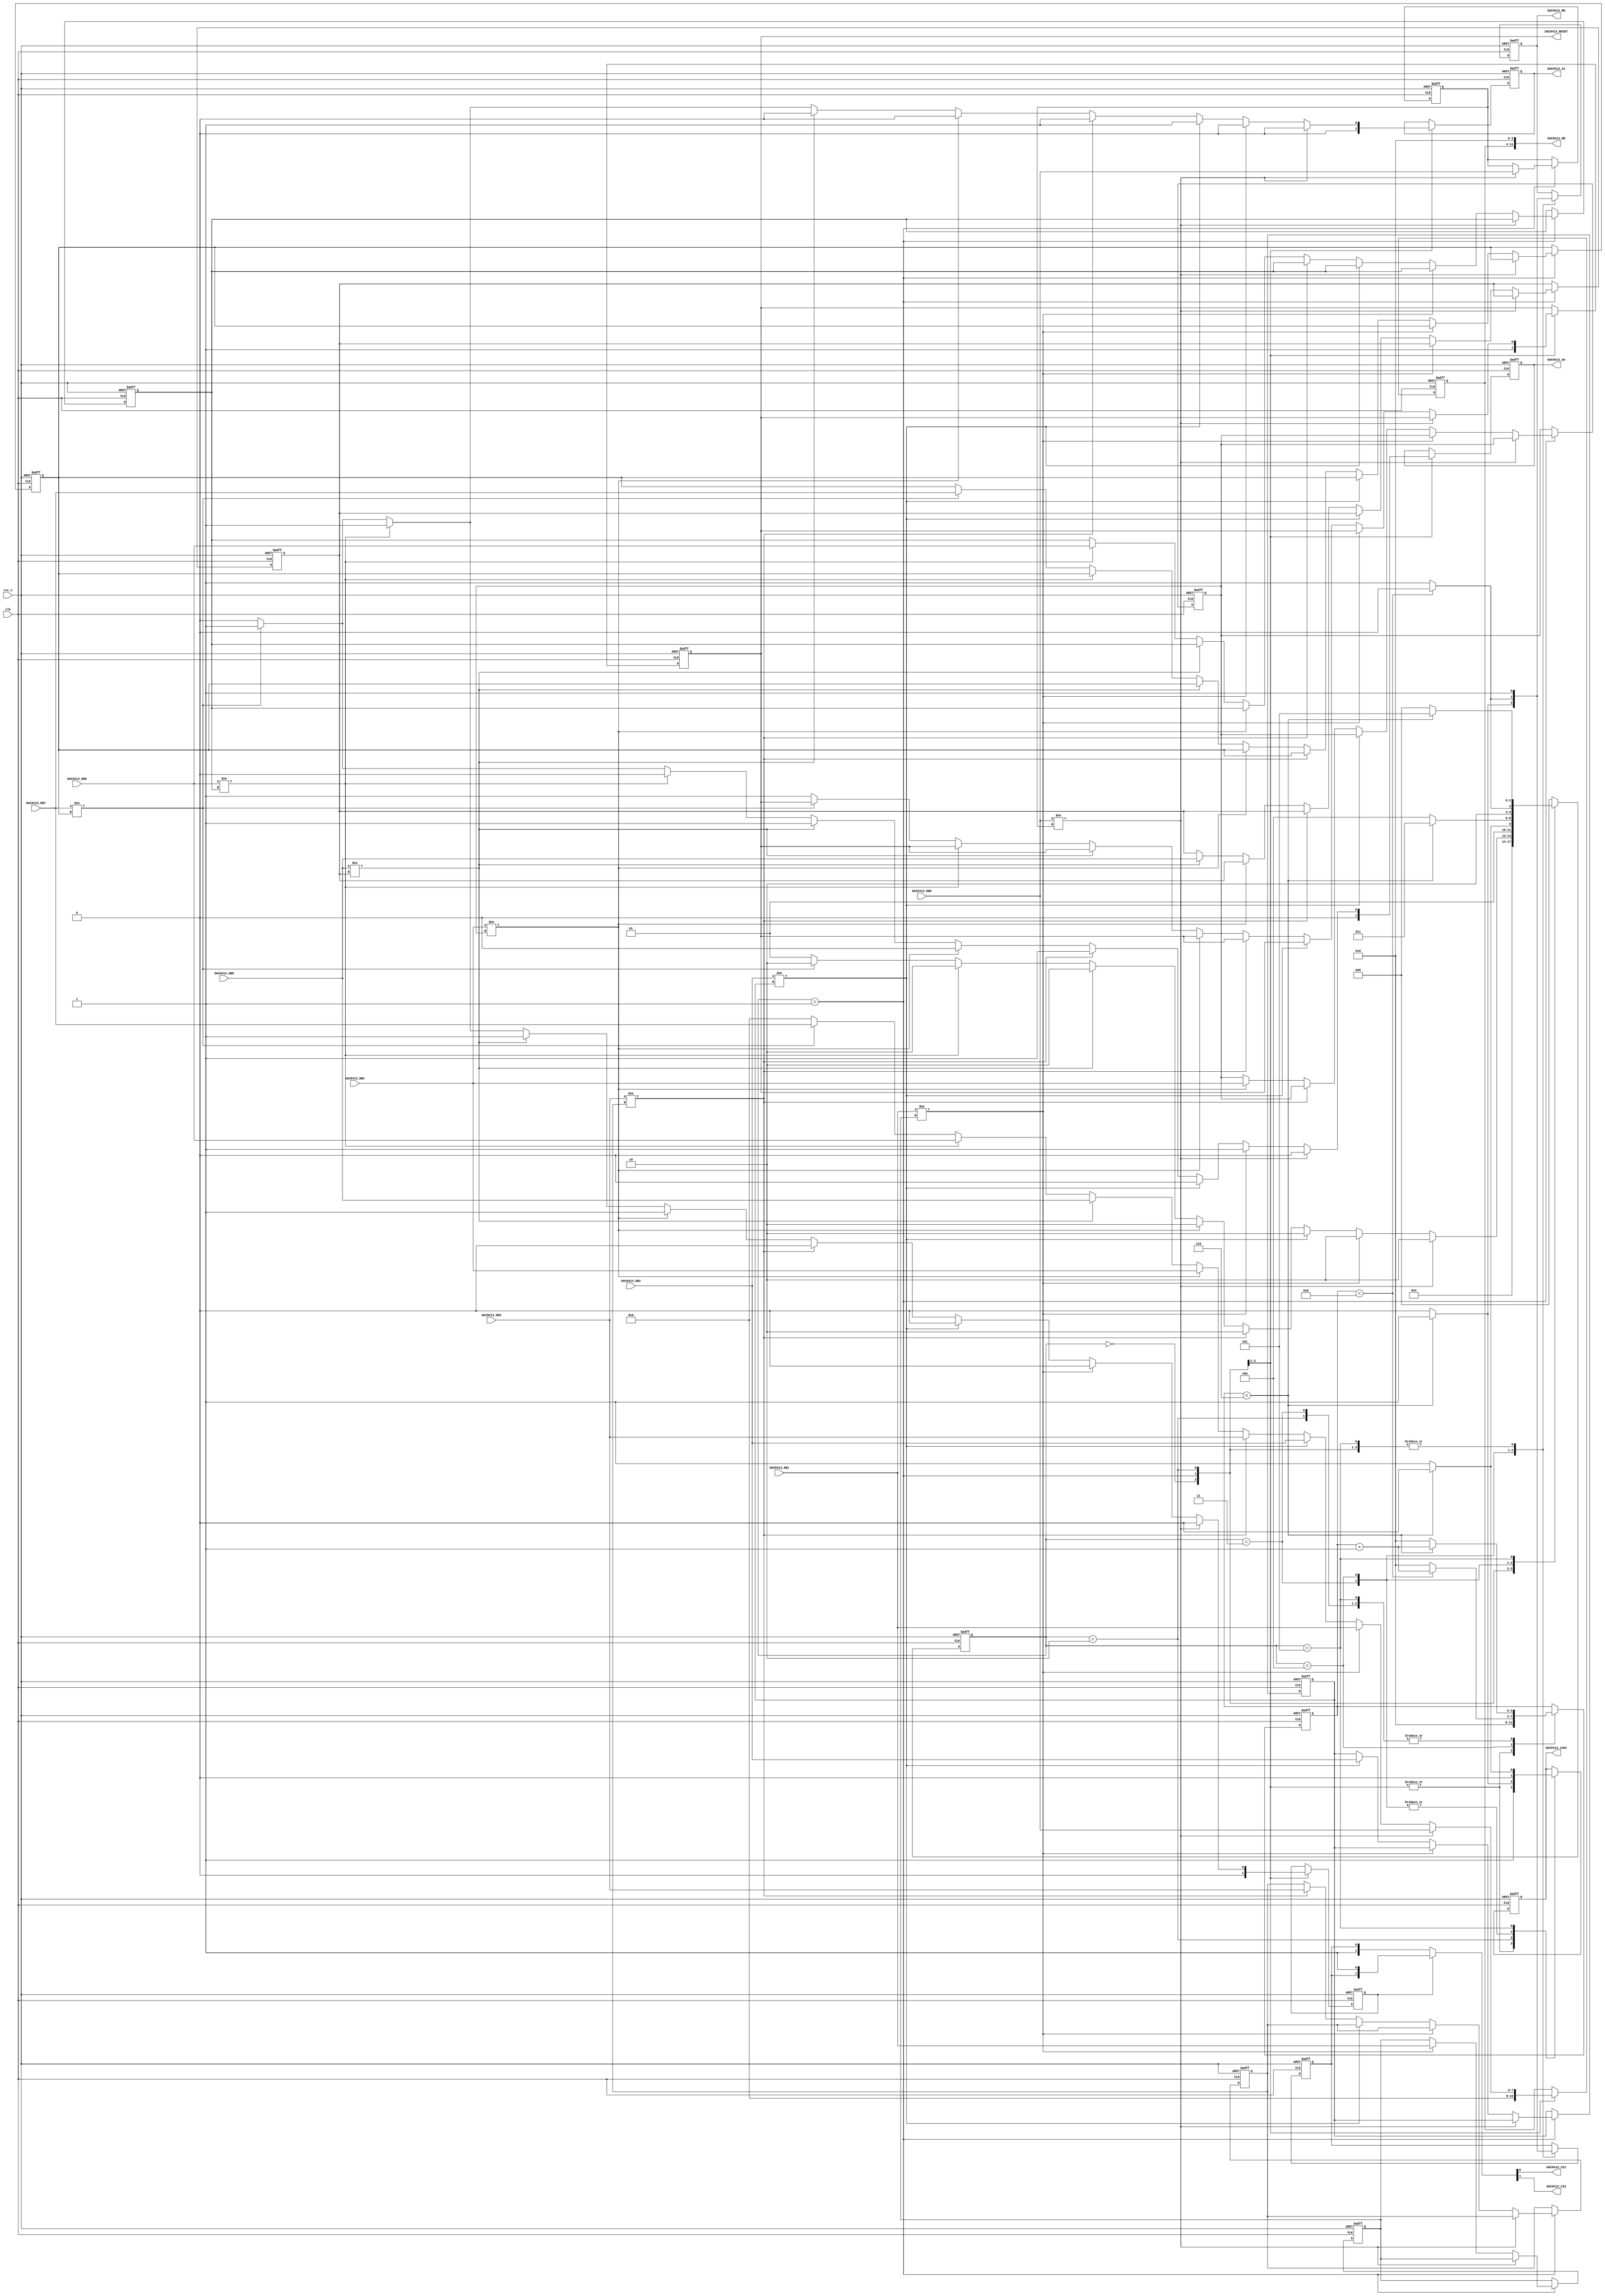
module tlv8413_interface_mx  #( parameter clk_freq_hz = 22118400 )
( 
input         clk  ,           /*                       */
input         rst_n,           /*         */
input  [7:0]  DAC8413_DB0,     /* 0 DA                */               
input  [7:0]  DAC8413_DB1,     /* 1 DA                */
input  [7:0]  DAC8413_DB2,     /* 2 DA                */
input  [7:0]  DAC8413_DB3,     /* 3 DA                */
input  [7:0]  DAC8413_DB4,     /* 4 DA                */
input  [7:0]  DAC8413_DB5,     /* 5 DA                */
input  [7:0]  DAC8413_DB6,     /* 6 DA                */
input  [7:0]  DAC8413_DB7,     /* 7 DA                */
output        DAC8413_RESET,   /* DAC8413     */
output        DAC8413_RW,      /* DAC8413  1 0  */
output        DAC8413_CS1,     /* DAC8413 1             */
output        DAC8413_CS2,     /* DAC8413 2             */
output        DAC8413_LDAC,    /* DAC8413 LDAC                  */
output        DAC8413_A1,      /* DAC8413               */
output        DAC8413_A0,      /* DAC8413               */
output [11:0] DAC8413_DB       /* DAC8413 DA              */
);

/* parameter */
localparam CLK_PERIOD_NS  = 1000000000/clk_freq_hz;
localparam CS_CNT         = 500/CLK_PERIOD_NS;  // Twcs = 300ns  Twcs,min = 150ns
localparam LDAC_HIGH_CNT  = 300/CLK_PERIOD_NS;  
localparam LOAD_HOLD_CNT  = 300/CLK_PERIOD_NS;  // Tlh = 200ns   Tlh,min = 70ns
localparam LOAD_SETUP_CNT = 300/CLK_PERIOD_NS;  // Tls = 200ns   Tls,min = 50ns

/* statements */
reg        DAC_RESET;
reg        DAC_RW;
reg        DAC_CS;
reg        DAC_LDAC;
reg        DAC_A1;
reg        DAC_A0;
reg [7:0]  DAC_DB; 

reg [7:0] DAC8413_DB0_buf; 
reg [7:0] DAC8413_DB1_buf;
reg [7:0] DAC8413_DB2_buf;
reg [7:0] DAC8413_DB3_buf;
reg [7:0] DAC8413_DB4_buf;
reg [7:0] DAC8413_DB5_buf;
reg [7:0] DAC8413_DB6_buf;
reg [7:0] DAC8413_DB7_buf;

reg       da_sel;
reg [3:0] cnt;
reg [2:0] state /* synthesis syn_encoding = "safe" */ ;

always @(posedge clk or negedge rst_n)
begin
    if(~rst_n)begin
        DAC8413_DB0_buf <= 8'd0;        
        DAC8413_DB1_buf <= 8'd0;       
        DAC8413_DB2_buf <= 8'd0;       
        DAC8413_DB3_buf <= 8'd0;       
        DAC8413_DB4_buf <= 8'd0;       
        DAC8413_DB5_buf <= 8'd0;       
        DAC8413_DB6_buf <= 8'd0;       
        DAC8413_DB7_buf <= 8'd0;       
        DAC_RESET       <= 1'b0;              
        DAC_RW          <= 1'b1;               
        DAC_CS          <= 1'b1;               
        DAC_LDAC        <= 1'b1;                
        DAC_A1          <= 1'b0;             
        DAC_A0          <= 1'b0;               
        DAC_DB          <= 8'd0;  
        cnt             <= 4'd0;
        state           <= 3'd0;
        da_sel          <= 1'b0;
    end else begin
    case(state)
    3'd0:begin
        DAC8413_DB0_buf <= DAC8413_DB0_buf;        
        DAC8413_DB1_buf <= DAC8413_DB1_buf;       
        DAC8413_DB2_buf <= DAC8413_DB2_buf;
        DAC8413_DB3_buf <= DAC8413_DB3_buf;      
        DAC8413_DB4_buf <= DAC8413_DB4_buf;      
        DAC8413_DB5_buf <= DAC8413_DB5_buf;      
        DAC8413_DB6_buf <= DAC8413_DB6_buf;      
        DAC8413_DB7_buf <= DAC8413_DB7_buf;      
        DAC_RESET       <= 1'b1;              
        DAC_RW          <= 1'b1;               
        DAC_CS          <= 1'b1;               
        DAC_LDAC        <= 1'b1;                
        DAC_A1          <= 1'b0;             
        DAC_A0          <= 1'b0;               
        DAC_DB          <= 8'd0;    
        cnt             <= 4'd0;
        state           <= 3'd1; 
        da_sel          <= 1'b0;
    end
    
    3'd1:begin
        if(DAC8413_DB0 != DAC8413_DB0_buf)begin
            DAC8413_DB0_buf <= DAC8413_DB0;   
            DAC_RW          <= 1'b1;            
            DAC_CS          <= 1'b1;               
            DAC_LDAC        <= 1'b1;                
            DAC_A1          <= 1'b0;             
            DAC_A0          <= 1'b0;               
            DAC_DB          <= DAC8413_DB0;  
            cnt             <= 4'd0;
            state           <= 3'd2;
            da_sel          <= 1'b0;
        end else if(DAC8413_DB1 != DAC8413_DB1_buf)begin
            DAC8413_DB1_buf <= DAC8413_DB1;    
            DAC_RW          <= 1'b1;          
            DAC_CS          <= 1'b1;               
            DAC_LDAC        <= 1'b1;                
            DAC_A1          <= 1'b0;             
            DAC_A0          <= 1'b1;               
            DAC_DB          <= DAC8413_DB1;   
            cnt             <= 4'd0;
            state           <= 3'd2;
            da_sel          <= 1'b0;
        end else if(DAC8413_DB2 != DAC8413_DB2_buf)begin
            DAC8413_DB2_buf <= DAC8413_DB2;  
            DAC_RW          <= 1'b1;              
            DAC_CS          <= 1'b1;               
            DAC_LDAC        <= 1'b1;                
            DAC_A1          <= 1'b1;             
            DAC_A0          <= 1'b0;               
            DAC_DB          <= DAC8413_DB2;   
            cnt             <= 4'd0;
            state           <= 3'd2;  
            da_sel          <= 1'b0;            
        end else if(DAC8413_DB3 != DAC8413_DB3_buf)begin
            DAC8413_DB3_buf <= DAC8413_DB3;  
            DAC_RW          <= 1'b1;                    
            DAC_CS          <= 1'b1;               
            DAC_LDAC        <= 1'b1;                
            DAC_A1          <= 1'b1;             
            DAC_A0          <= 1'b1;               
            DAC_DB          <= DAC8413_DB3;
            cnt             <= 4'd0;
            state           <= 3'd2; 
            da_sel          <= 1'b0;            
        end else if(DAC8413_DB4 != DAC8413_DB4_buf)begin
            DAC8413_DB4_buf <= DAC8413_DB4;  
            DAC_RW          <= 1'b1;                    
            DAC_CS          <= 1'b1;               
            DAC_LDAC        <= 1'b1;                
            DAC_A1          <= 1'b0;             
            DAC_A0          <= 1'b0;               
            DAC_DB          <= DAC8413_DB4;
            cnt             <= 4'd0;
            state           <= 3'd2;  
            da_sel          <= 1'b1;            
        end else if(DAC8413_DB5 != DAC8413_DB5_buf)begin
            DAC8413_DB5_buf <= DAC8413_DB5;  
            DAC_RW          <= 1'b1;                    
            DAC_CS          <= 1'b1;               
            DAC_LDAC        <= 1'b1;                
            DAC_A1          <= 1'b0;             
            DAC_A0          <= 1'b1;               
            DAC_DB          <= DAC8413_DB5;
            cnt             <= 4'd0;
            state           <= 3'd2;  
            da_sel          <= 1'b1;            
        end else if(DAC8413_DB6 != DAC8413_DB6_buf)begin
            DAC8413_DB6_buf <= DAC8413_DB6;  
            DAC_RW          <= 1'b1;                    
            DAC_CS          <= 1'b1;               
            DAC_LDAC        <= 1'b1;                
            DAC_A1          <= 1'b1;             
            DAC_A0          <= 1'b0;               
            DAC_DB          <= DAC8413_DB6;
            cnt             <= 4'd0;
            state           <= 3'd2;   
            da_sel          <= 1'b1;            
        end else if(DAC8413_DB7 != DAC8413_DB7_buf)begin
            DAC8413_DB7_buf <= DAC8413_DB7;  
            DAC_RW          <= 1'b1;                    
            DAC_CS          <= 1'b1;               
            DAC_LDAC        <= 1'b1;                
            DAC_A1          <= 1'b1;             
            DAC_A0          <= 1'b1;               
            DAC_DB          <= DAC8413_DB7;
            cnt             <= 4'd0;
            state           <= 3'd2;  
            da_sel          <= 1'b1;            
        end else begin
            DAC8413_DB0_buf <= DAC8413_DB0_buf;        
            DAC8413_DB1_buf <= DAC8413_DB1_buf;       
            DAC8413_DB2_buf <= DAC8413_DB2_buf;
            DAC8413_DB3_buf <= DAC8413_DB3_buf;       
            DAC8413_DB4_buf <= DAC8413_DB4_buf;       
            DAC8413_DB5_buf <= DAC8413_DB5_buf;       
            DAC8413_DB6_buf <= DAC8413_DB6_buf;       
            DAC8413_DB7_buf <= DAC8413_DB7_buf;       
            DAC_RESET       <= 1'b1;              
            DAC_RW          <= 1'b1;               
            DAC_CS          <= 1'b1;               
            DAC_LDAC        <= 1'b1;                
            DAC_A1          <= 1'b0;             
            DAC_A0          <= 1'b0;               
            DAC_DB          <= 8'd0; 
            cnt             <= 4'd0;
            state           <= 3'd1;  
            da_sel          <= 1'b0;                      
        end 
    end

    3'd2:begin
            DAC_A1          <= DAC_A1;             
            DAC_A0          <= DAC_A0;               
            DAC_DB          <= DAC_DB;
        if(cnt < LDAC_HIGH_CNT)begin
            DAC_RW          <= 1'b1;               
            DAC_CS          <= 1'b1;               
            DAC_LDAC        <= 1'b1;                                 
            cnt             <= cnt + 1'b1;
            state           <= 3'd2;    
        end else begin
            DAC_RW          <= 1'b1;               
            DAC_CS          <= 1'b1;               
            DAC_LDAC        <= 1'b0;                                
            cnt             <= 4'd0;
            state           <= 3'd3;    
        end
    end 

    3'd3:begin
            DAC_A1          <= DAC_A1;             
            DAC_A0          <= DAC_A0;               
            DAC_DB          <= DAC_DB;
        if(cnt < LOAD_SETUP_CNT)begin
            DAC_RW          <= 1'b1;               
            DAC_CS          <= 1'b1;               
            DAC_LDAC        <= 1'b0;                                 
            cnt             <= cnt + 1'b1;
            state           <= 3'd3;    
        end else begin
            DAC_RW          <= 1'b0;               
            DAC_CS          <= 1'b0;               
            DAC_LDAC        <= 1'b0;                                
            cnt             <= 4'd0;
            state           <= 3'd4;    
        end
    end

    3'd4:begin
            DAC_A1          <= DAC_A1;             
            DAC_A0          <= DAC_A0;               
            DAC_DB          <= DAC_DB;
        if(cnt < CS_CNT)begin
            DAC_RW          <= 1'b0;               
            DAC_CS          <= 1'b0;               
            DAC_LDAC        <= 1'b0;                                 
            cnt             <= cnt + 1'b1;
            state           <= 3'd4;    
        end else begin
            DAC_RW          <= 1'b1;               
            DAC_CS          <= 1'b1;               
            DAC_LDAC        <= 1'b0;                                
            cnt             <= 4'd0;
            state           <= 3'd5;    
        end
    end

    3'd5:begin
            DAC_A1          <= DAC_A1;             
            DAC_A0          <= DAC_A0;               
            DAC_DB          <= DAC_DB;
        if(cnt < LOAD_HOLD_CNT)begin
            DAC_RW          <= 1'b1;               
            DAC_CS          <= 1'b1;               
            DAC_LDAC        <= 1'b0;                                 
            cnt             <= cnt + 1'b1;
            state           <= 3'd5;    
        end else begin
            DAC_RW          <= 1'b1;               
            DAC_CS          <= 1'b1;               
            DAC_LDAC        <= 1'b1;                                
            cnt             <= 4'd0;
            state           <= 3'd0;    
        end
    end

    default : state           <= 3'd0;
    endcase
    end
end

assign DAC8413_RESET = DAC_RESET;           
assign DAC8413_RW    = DAC_RW;                         
assign DAC8413_LDAC  = DAC_LDAC;            
assign DAC8413_A1    = DAC_A1;                
assign DAC8413_A0    = DAC_A0;                
assign DAC8413_DB    = {DAC_DB, 4'd0};  
assign {DAC8413_CS2, DAC8413_CS1} = da_sel?{DAC_CS,1'b1}:{1'b1,DAC_CS};            

endmodule